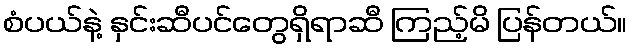
စံပယ်နဲ့ နှင်းဆီပင်တွေရှိရာဆီ ကြည့်မိ ပြန်တယ်။